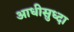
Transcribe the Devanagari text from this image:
आधीसुध्दा